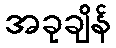
အခုချိန်